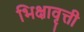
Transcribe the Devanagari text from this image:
भिक्षावृत्ती